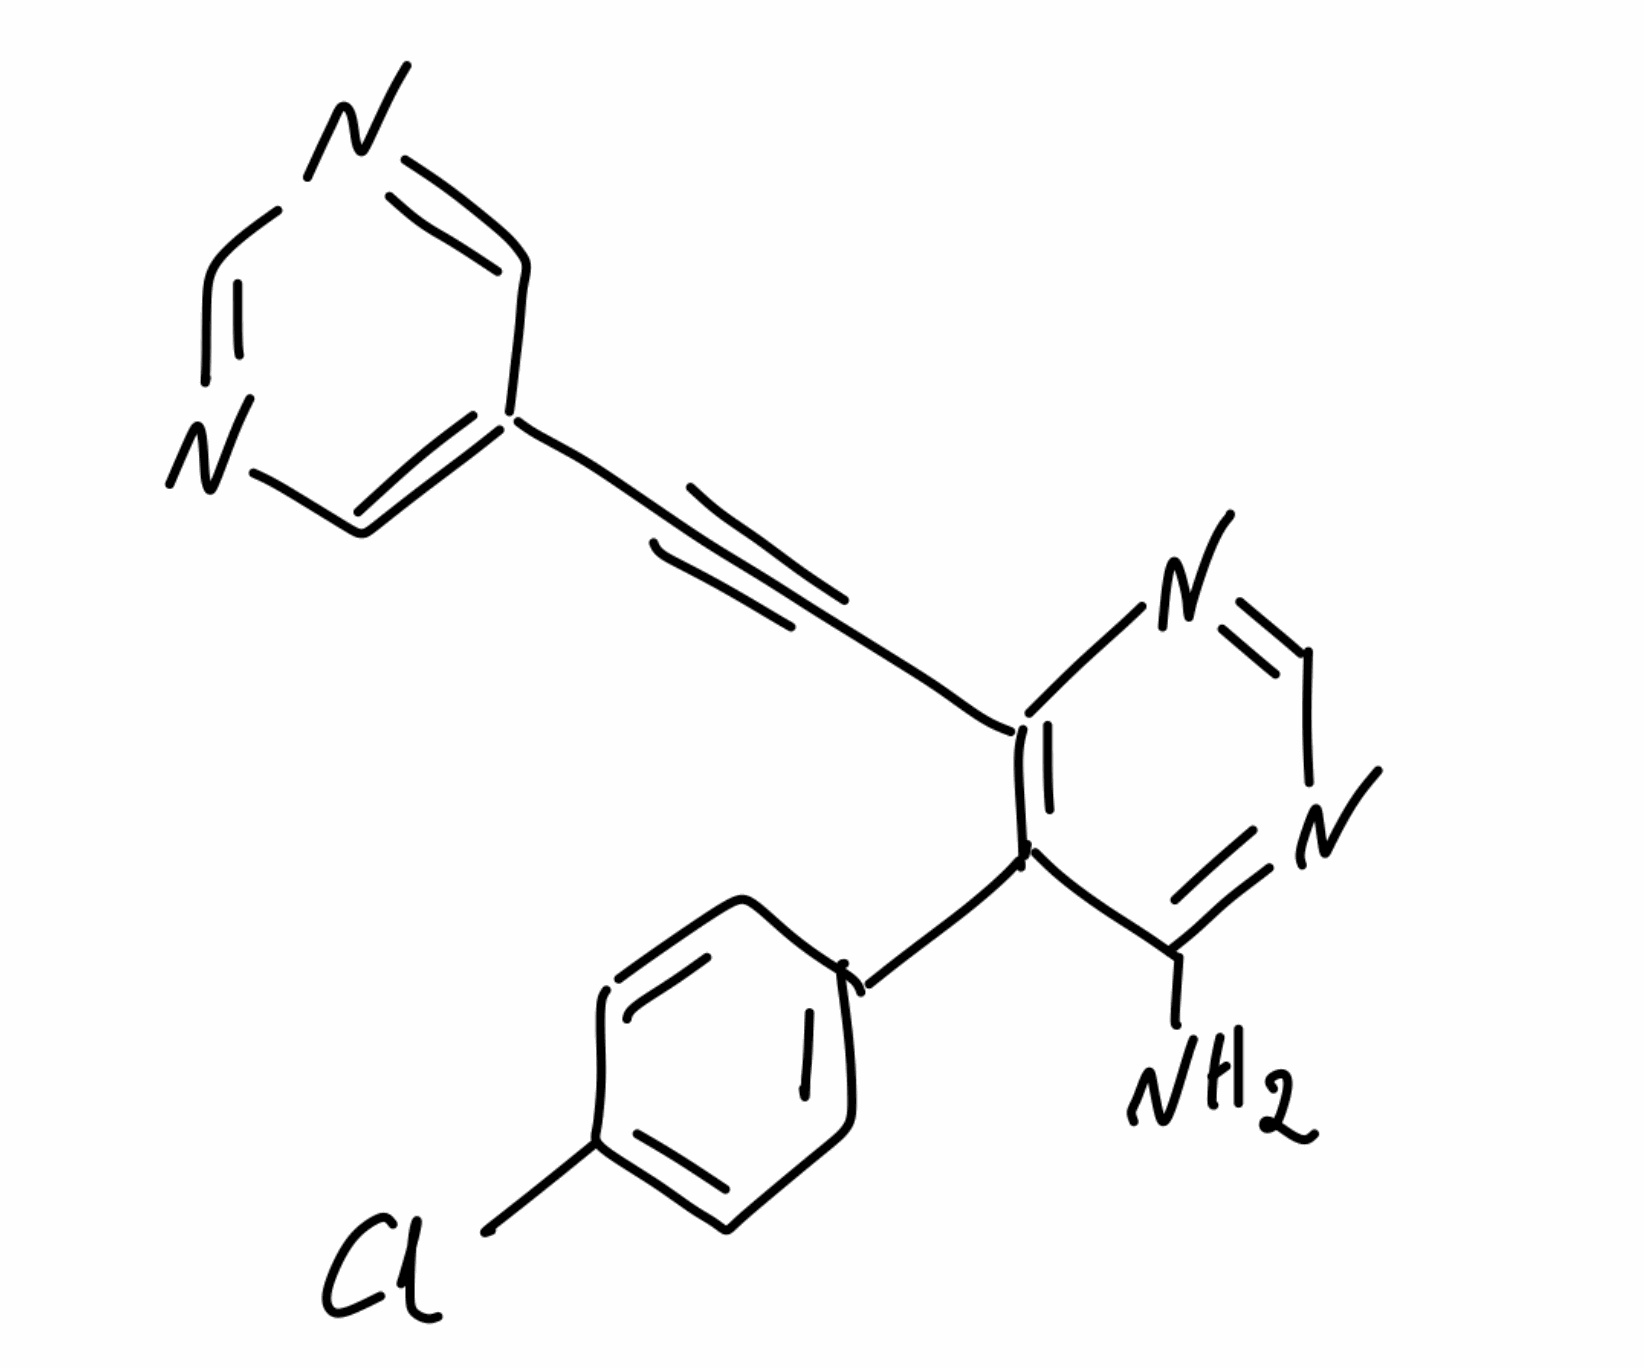
Simplified molecular-input line-entry system (SMILES) notation of the given molecule:
C1=CC(=CC=C1C2=C(N=CN=C2N)C#CC3=CN=CN=C3)Cl